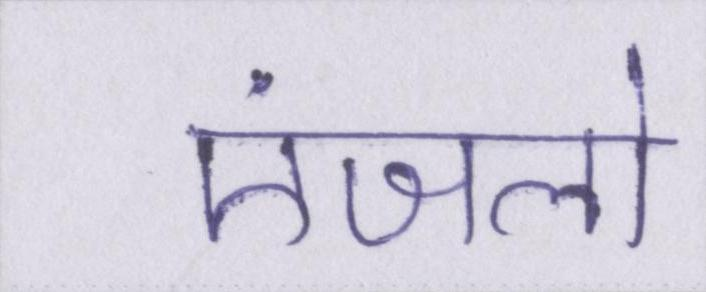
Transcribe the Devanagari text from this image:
एंजलो